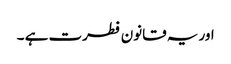
اور یہ قانون فطرت ہے ۔